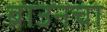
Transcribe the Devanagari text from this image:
ब्राउनचा